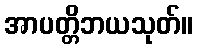
အာပတ္တိဘယသုတ်။